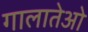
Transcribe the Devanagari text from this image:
गालातेओ